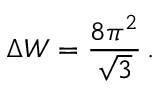
\Delta W = \frac { 8 \pi ^ { 2 } } { \sqrt { 3 } } \, .